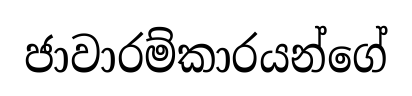
ජාවාරම්කාරයන්ගේ